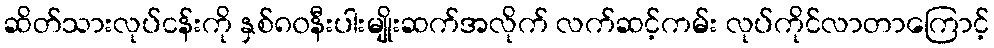
ဆိတ်သားလုပ်ငန်းကို နှစ်၈၀နီးပါးမျိုးဆက်အလိုက် လက်ဆင့်ကမ်း လုပ်ကိုင်လာတာကြောင့်